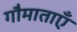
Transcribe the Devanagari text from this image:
गौमाताएँ